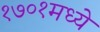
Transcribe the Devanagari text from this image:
१७०१मध्ये